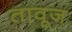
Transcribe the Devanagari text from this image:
तावूज